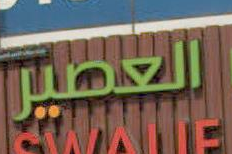
العصير